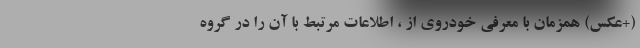
(+عکس) همزمان با معرفی خودروی از ، اطلاعات مرتبط با آن را در گروه